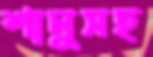
শানুসহ